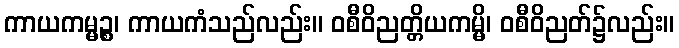
ကာယကမ္မဉ္စ၊ ကာယကံသည်လည်း။ ဝစီဝိညတ္တိယကမ္မိ၊ ဝစီဝိညတ်၌လည်း။